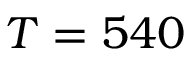
T = 5 4 0